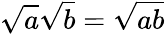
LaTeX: {\sqrt{a}}{\sqrt{b}}={\sqrt{ab}}